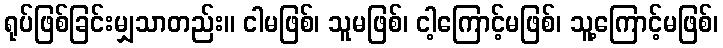
ရုပ်ဖြစ်ခြင်းမျှသာတည်း။ ငါမဖြစ်၊ သူမဖြစ်၊ ငါ့ကြောင့်မဖြစ်၊ သူ့ကြောင့်မဖြစ်၊